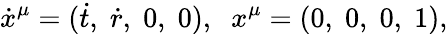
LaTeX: \dot{x}^{\mu}=(\dot{t},\; \dot{r},\; 0,\; 0),\; \; x^{\mu}=(0,\; 0,\; 0,\; 1),